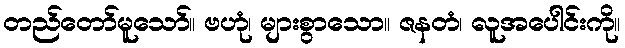
တည်တော်မူသော်။ ဗဟုံ၊ များစွာသော။ ဇနတံ၊ လူအပေါင်းကို။